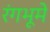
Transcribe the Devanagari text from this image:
रंगभूमे